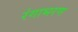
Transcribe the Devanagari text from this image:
रंगाभरण